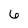
Character: 6